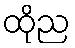
ထိုည